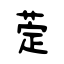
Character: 萣